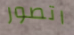
اتصور